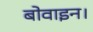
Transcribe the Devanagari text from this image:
बोवाइन।